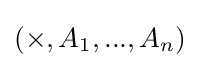
(\times ,A_{1},...,A_{n})